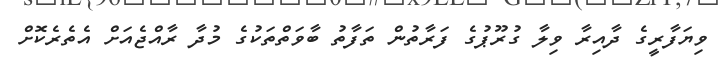
ވިޔަފާރީގެ ދާއިރާ ވިލާ ގުރޫޕުގެ ފަރާތުން ތަފާތު ބާވަތްތަކުގެ މުދާ ރާއްޖެއަށް އެތެރެކޮށް